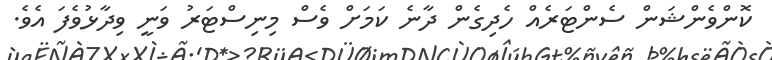
ކޮންވެންޝަން ސެންޓަރެއް ހެދިގެން ދާނެ ކަމަށް ވެސް މިނިސްޓަރު ވަނީ ވިދާޅުވެފަ އެވެ.